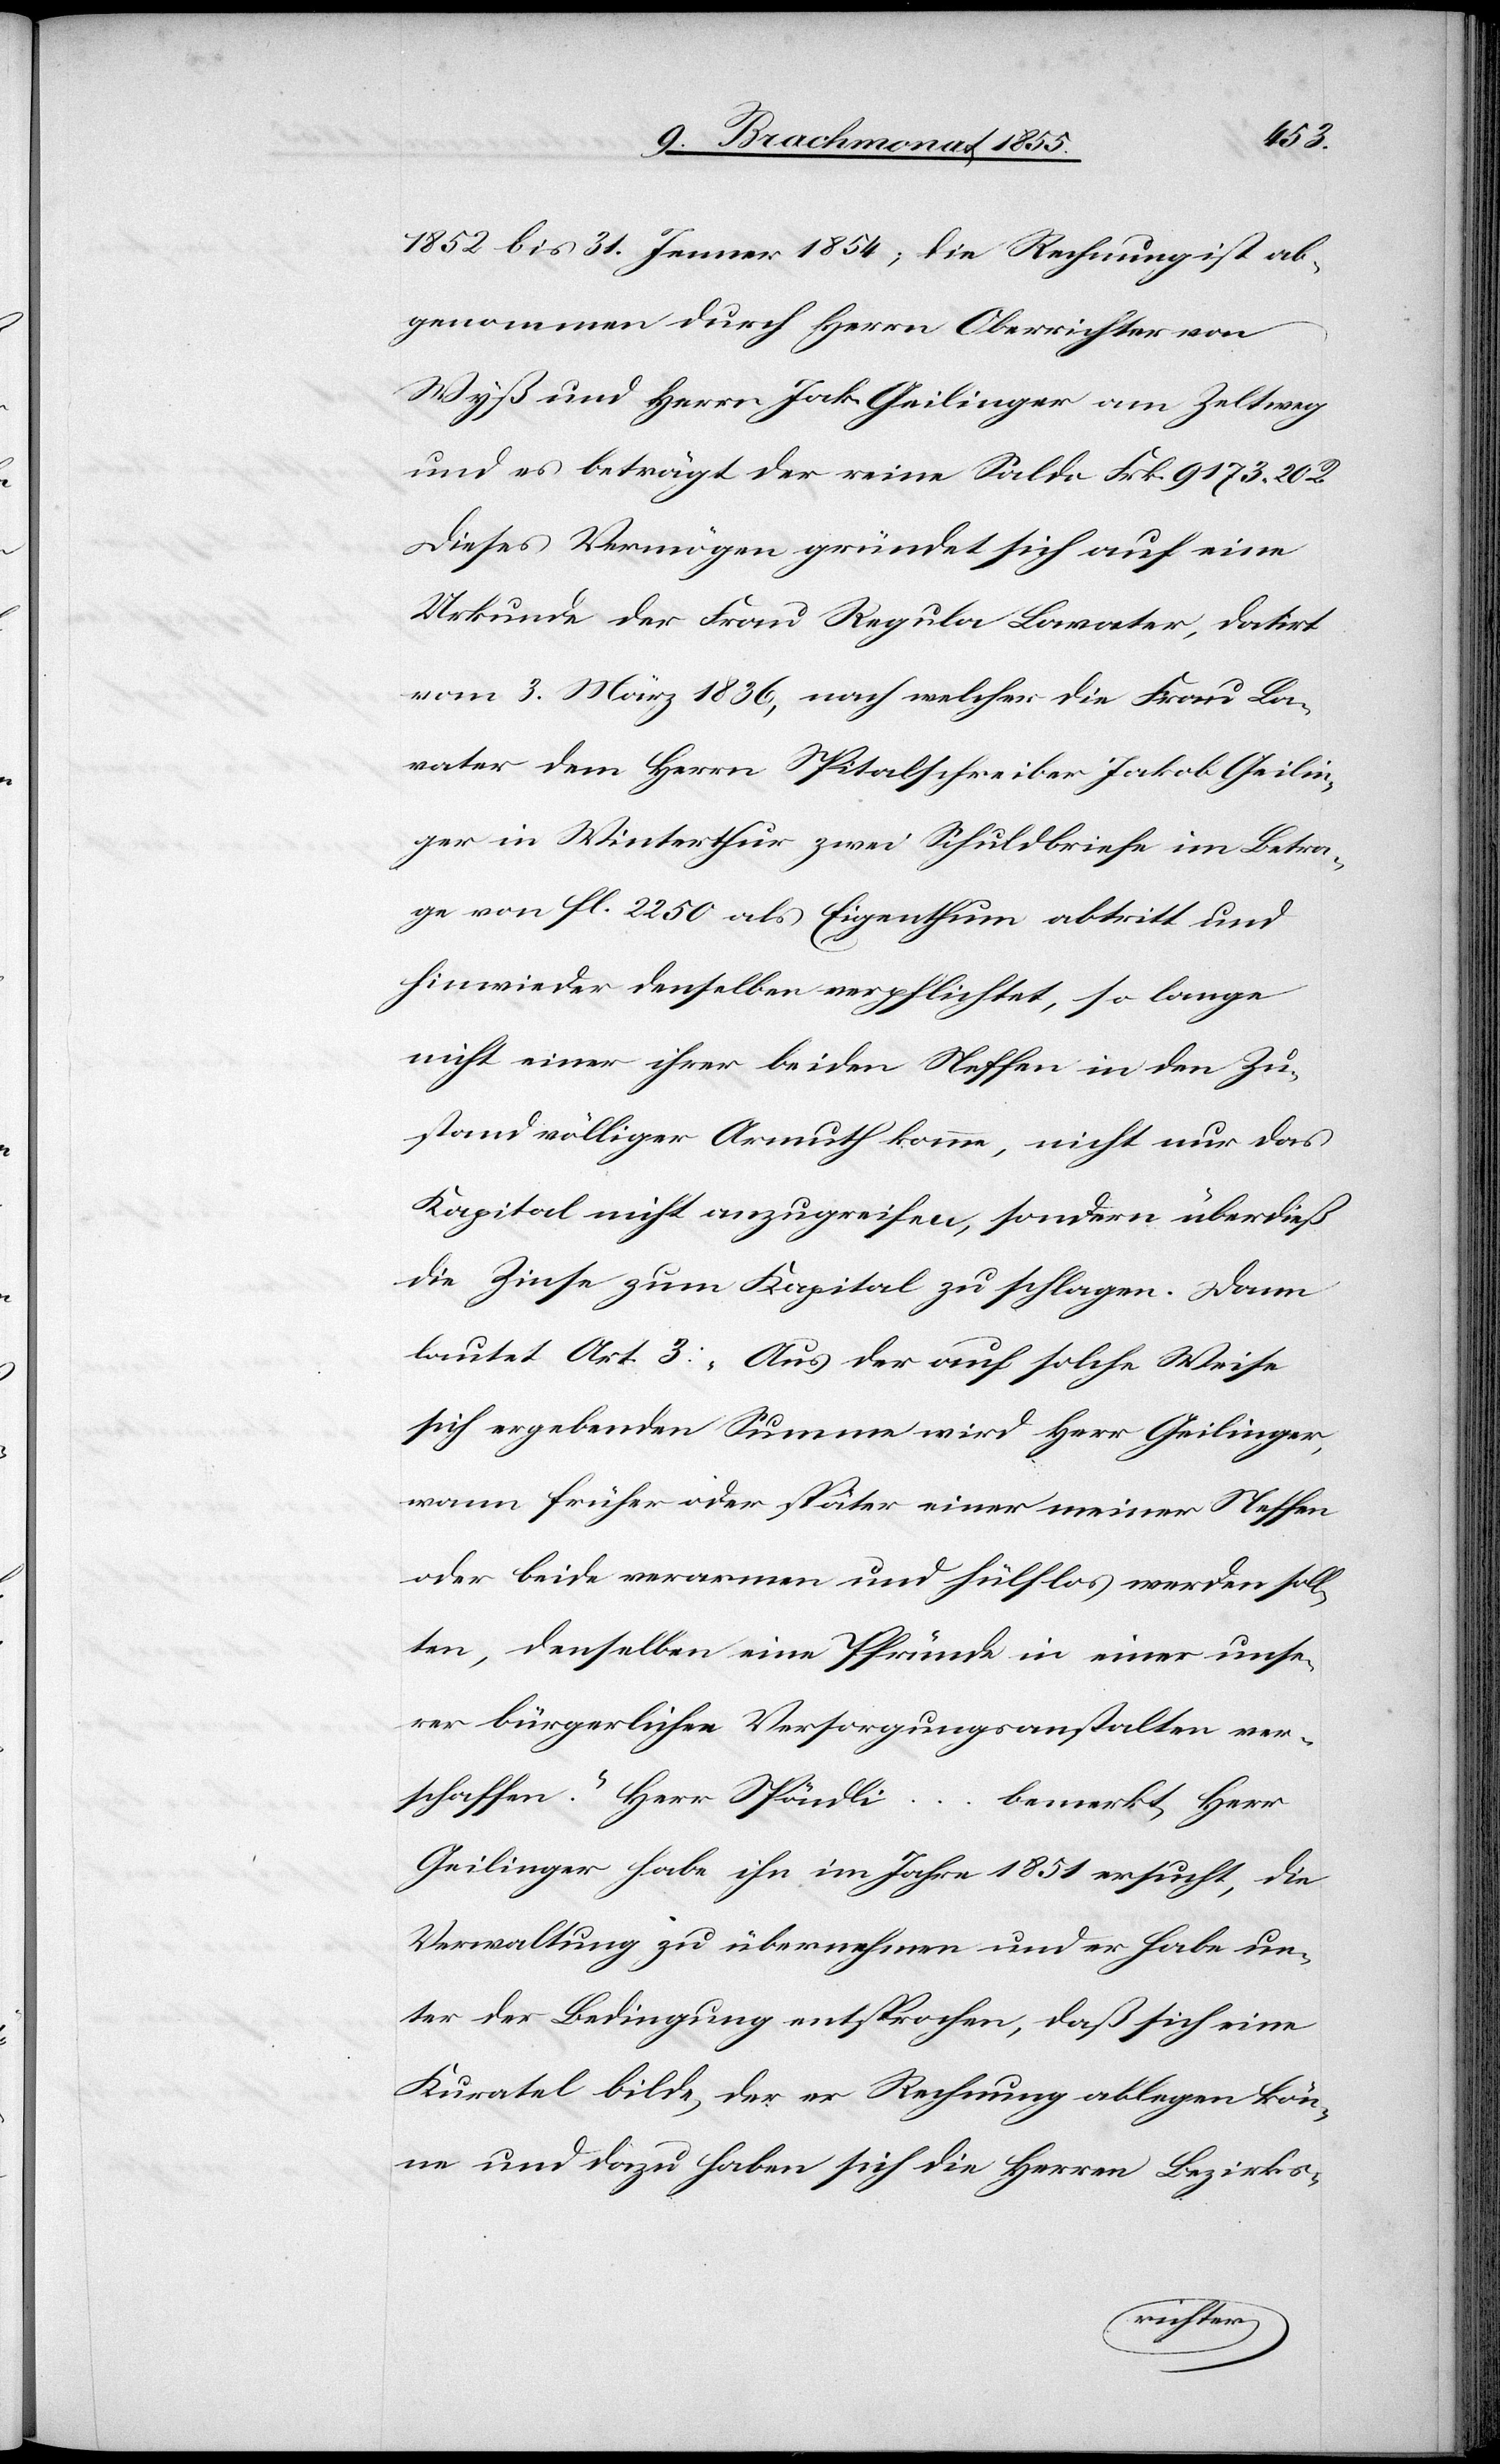
1852 bis 31. Jenner 1854; die Rechnung ist ab¬
genommen durch Herrn Oberrichter von
Wyß und Herrn Jak. Geilinger am Zeltweg
und es beträgt der reine Saldo Frk. 9173. 20 R.
Dieses Vermögen gründet sich auf eine
Urkunde der Frau Regula Lavater, datirt
vom 3. März 1836, nach welcher die Frau La¬
vater dem Herrn Spitalschreiber Jakob Geilin¬
ger in Winterthur zwei Schuldbriefe im Betra¬
ge von fl. 2250 als Eigenthum abtritt und
hinwieder denselben verpflichtet, so lange
nicht einer ihrer beiden Neffen in den Zu¬
stand völliger Armuth komme, nicht nur das
Kapital nicht anzugreifen, sondern überdieß
die Zinse zum Kapital zu schlagen. Dann
lautet Art. 3: ‚Aus der auf solche Weise
sich ergebenden Summe wird Herr Geilinger,
wann früher oder später einer meiner Neffen
oder beide verarmen und hülflos werden soll¬
ten, denselben eine Pfründe in einer unse¬
rer bürgerlichen Versorgungsanstalten ver¬
schaffen.‘ Herr Spöndli … bemerkt, Herr
Geilinger habe ihn im Jahre 1851 ersucht, die
Verwaltung zu übernehmen und er habe un¬
ter der Bedingung entsprochen, daß sich eine
Kuratel bilde, der er Rechnung ablegen kön¬
ne und dazu haben sich die Herren Bezirks-